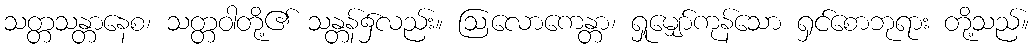
သတ္တသန္တာနေစ၊ သတ္တဝါတို့၏ သန္တန်၌လည်း။ ဩလောကေန္တာ၊ ရှုမျှော်ကုန်သော ရှင်စောဘုရား တို့သည်။